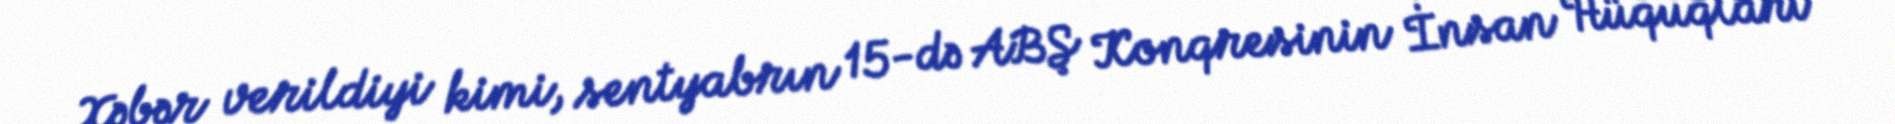
Xəbər verildiyi kimi, sentyabrın 15-də ABŞ Konqresinin İnsan Hüquqları